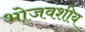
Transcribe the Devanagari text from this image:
भोजवंशीय